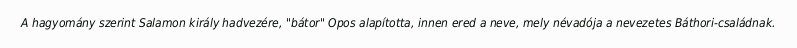
A hagyomány szerint Salamon király hadvezére, "bátor" Opos alapította, innen ered a neve, mely névadója a nevezetes Báthori-családnak.